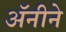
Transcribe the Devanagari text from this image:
अॅनीने